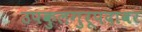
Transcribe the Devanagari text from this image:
उपकुलगुरूपदावर